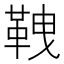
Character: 𩊒